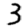
Digit: 3